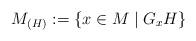
LaTeX: \begin{align*} M_{(H)} := \{ x \in M \mid G_x H \}\end{align*}